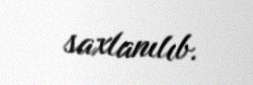
saxlanılıb.